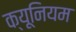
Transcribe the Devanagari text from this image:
क्यूनियम